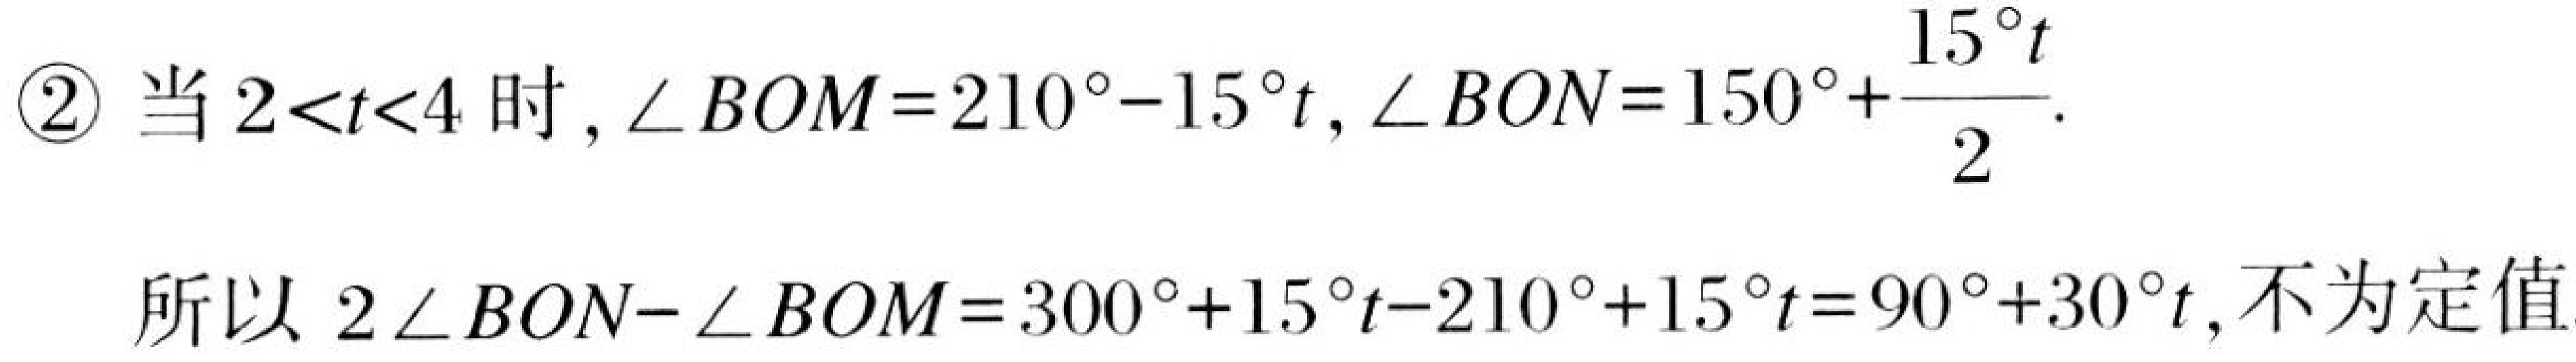
\textcircled{2} 当\(2<t<4\)时，\(\angle BOM = 210^{\circ}-15^{\circ}t\)，\(\angle BON = 150^{\circ}+\frac{15^{\circ}t}{2}\).

所以\(2\angle BON-\angle BOM = 300^{\circ}+15^{\circ}t - 210^{\circ}+15^{\circ}t = 90^{\circ}+30^{\circ}t\)，不为定值